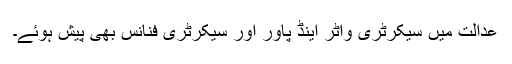
عدالت میں سیکرٹری واٹر اینڈ پاور اور سیکرٹری فنانس بھی پیش ہوئے۔